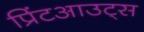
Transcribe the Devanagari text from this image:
प्रिंटआउट्स